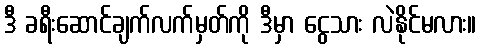
ဒီ ခရီးဆောင်ချက်လက်မှတ်ကို ဒီမှာ ငွေသား လဲနိုင်မလား။